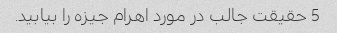
5 حقیقت جالب در مورد اهرام جیزه را بیابید.